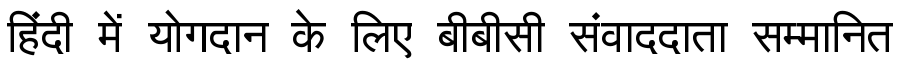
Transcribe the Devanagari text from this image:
हिंदी में योगदान के लिए बीबीसी संवाददाता सम्मानित